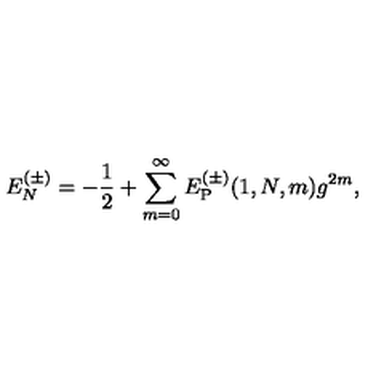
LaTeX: E _ { N } ^ { ( \pm ) } = - { \frac { 1 } { 2 } } + \sum _ { m = 0 } ^ { \infty } E _ { \mathrm { P } } ^ { ( \pm ) } ( 1 , N , m ) g ^ { 2 m } ,